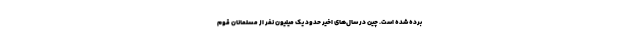
برده شده است. چین در سال‌های اخیر حدود یک میلیون نفر از مسلمانان قوم